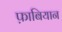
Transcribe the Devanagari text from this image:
फ़ाबियान